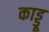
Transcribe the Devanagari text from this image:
काड्डू